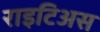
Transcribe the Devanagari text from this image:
राइटिअस